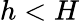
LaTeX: h<H